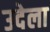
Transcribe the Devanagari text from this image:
उदेला